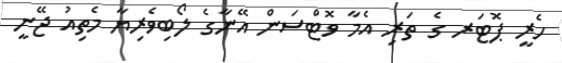
ހެރީ ޕޮޓަރ ގެ ތަރި އެމާ ވޮޓްސަން އޭނާގެ ލޯބިވެރިޔާ މެތިއު ޖޭނީ